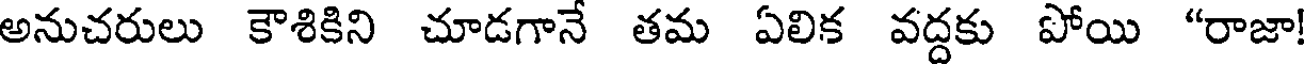
అనుచరులు కౌశికిని చూడగానే తమ ఏలిక వద్దకు పోయి "రాజా